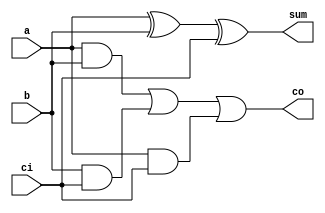
module adder_full(
    input a,
    input b,
    input ci,
    output co,
    output sum
);

  assign co = (a&b) | (b&ci) | (a&ci);
  assign sum = a ^ b ^ ci;

endmodule